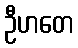
ဦဟတေ